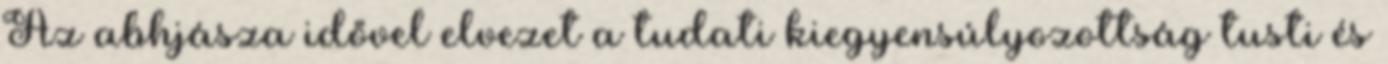
Az abhjásza idővel elvezet a tudati kiegyensúlyozottság tusti és